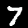
Digit: 7